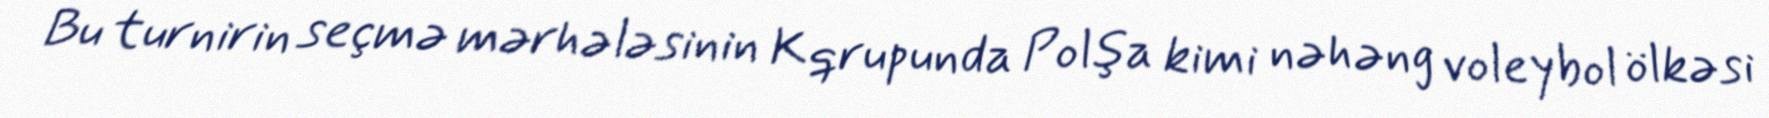
Bu turnirin seçmə mərhələsinin K qrupunda Polşa kimi nəhəng voleybol ölkəsi